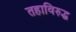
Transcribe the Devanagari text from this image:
तहाविरुद्ध